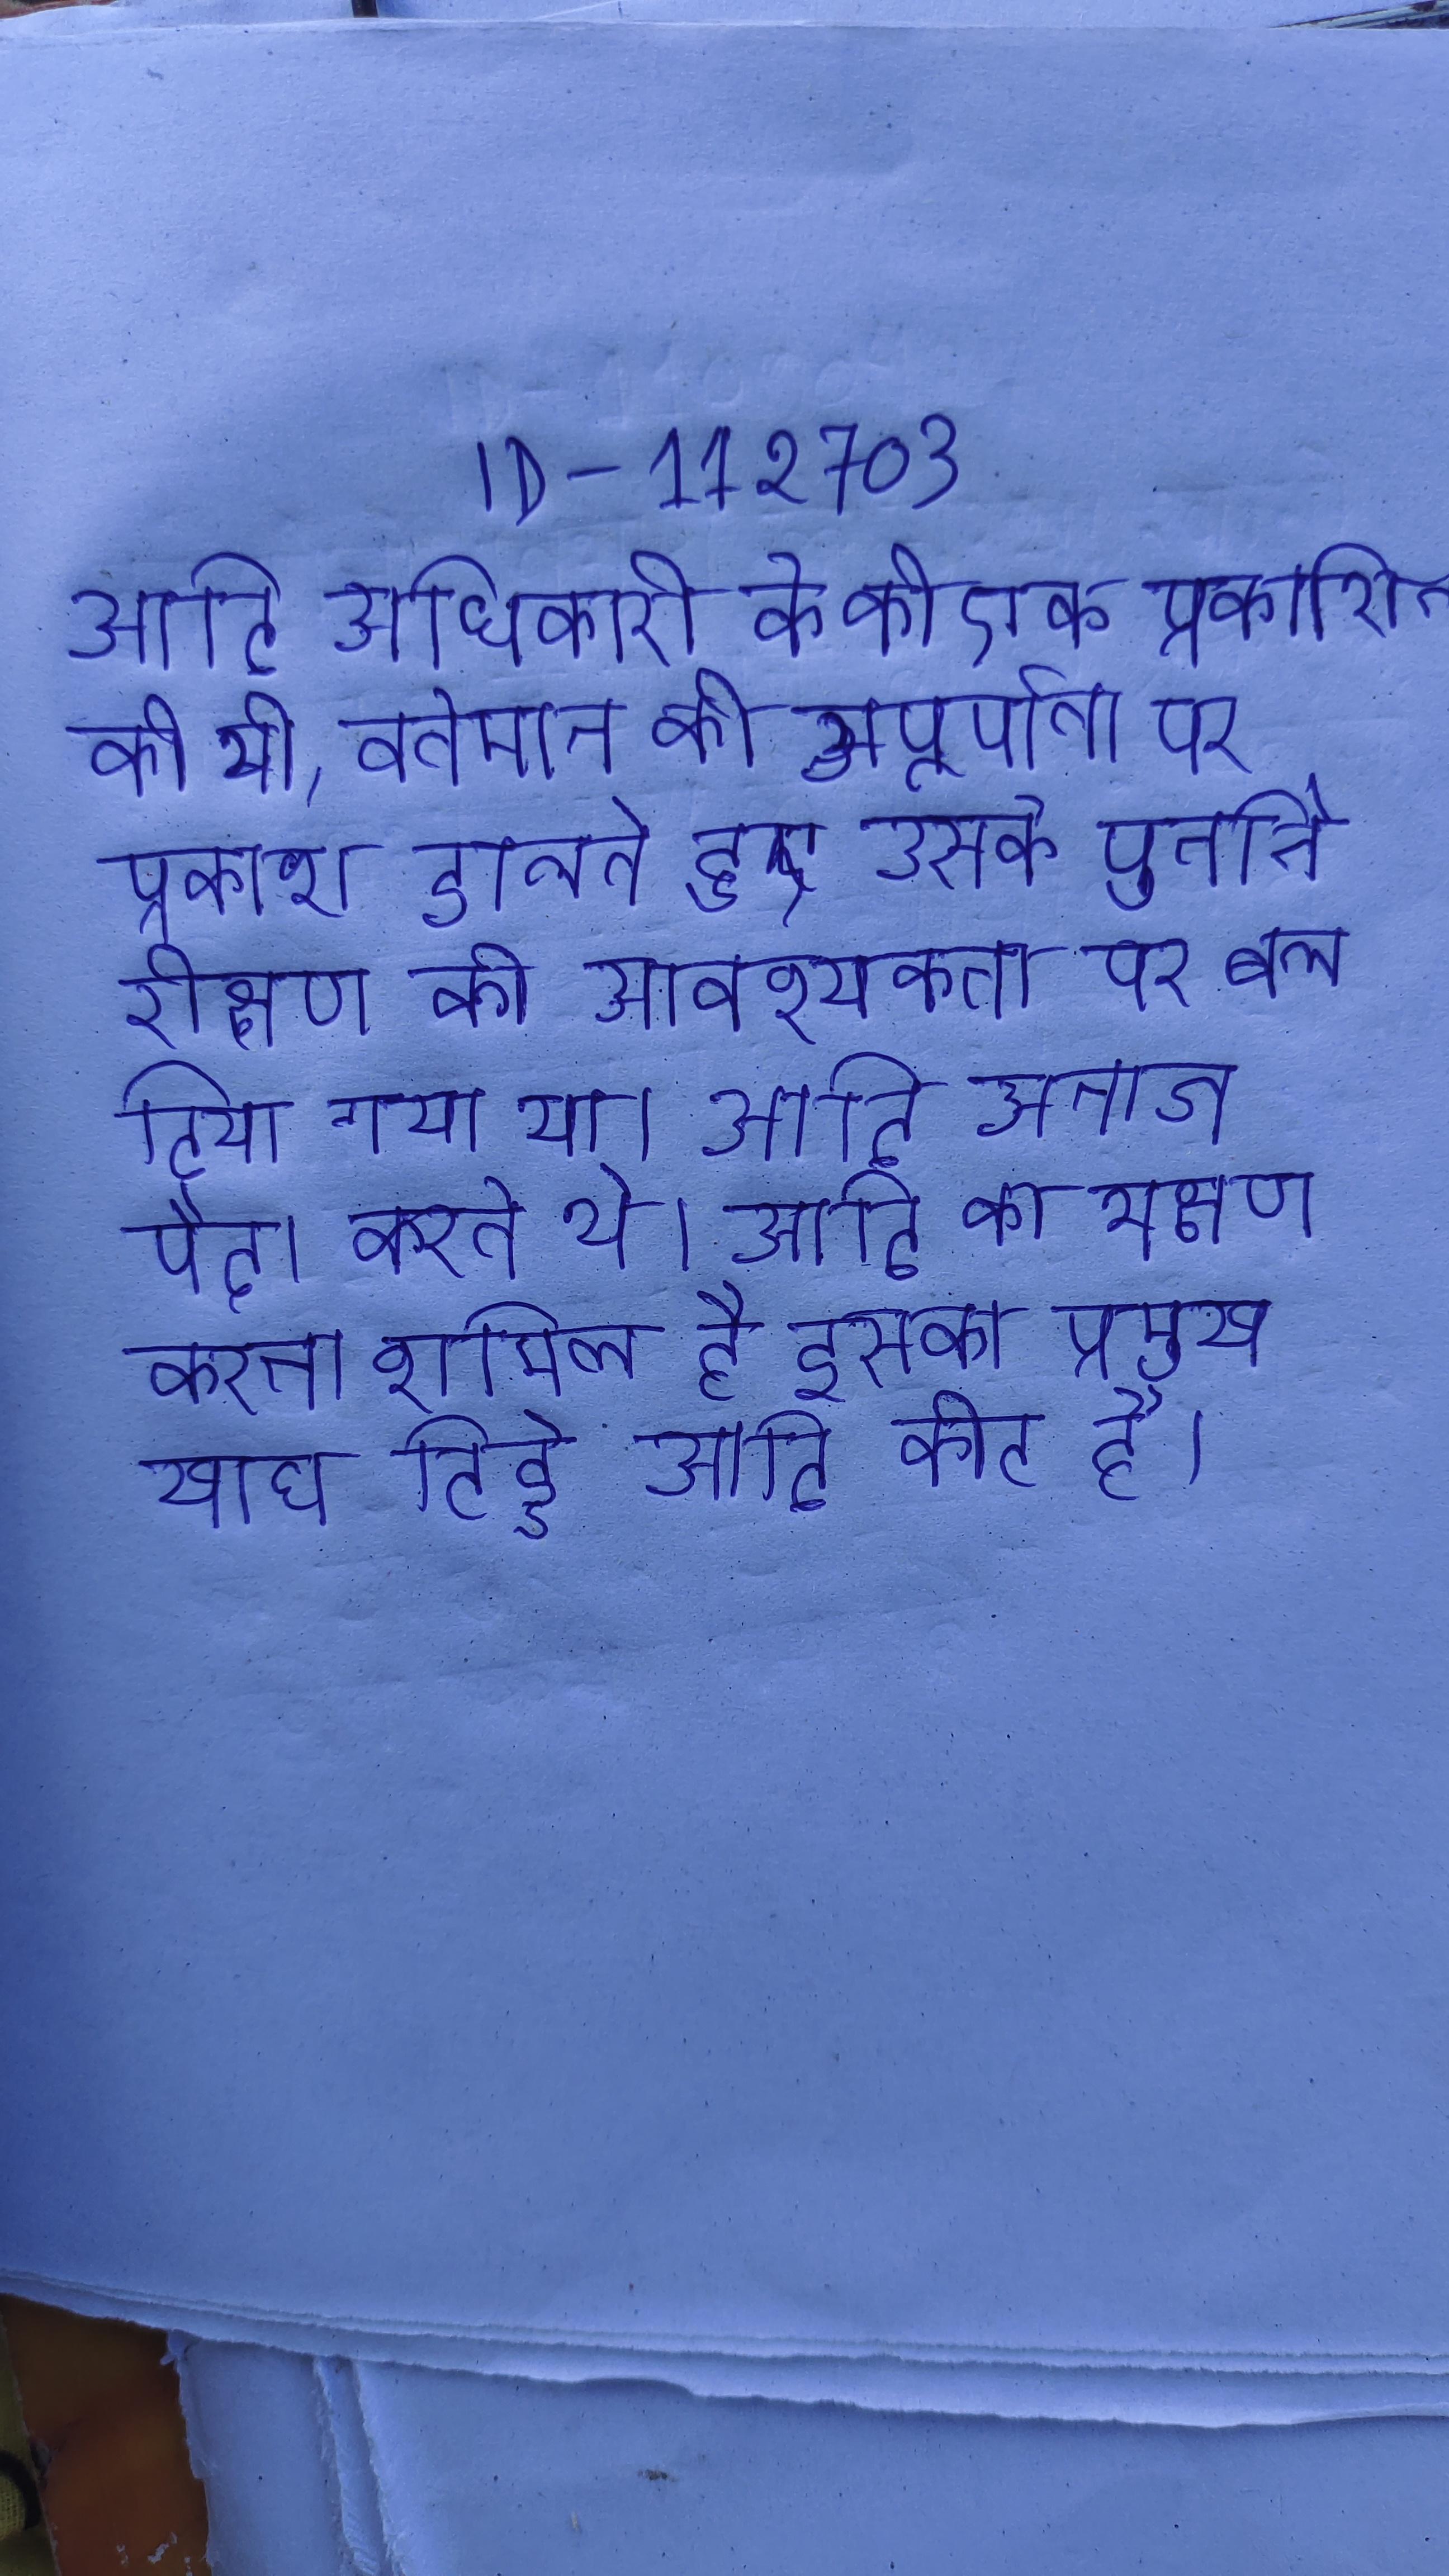
आदि अधिकारी के की एक प्रकाशित की थी, वर्तमान की अपूर्णता पर प्रकाश डालते हुए उसके पुनर्निरीक्षण की आवश्यकता पर बल दिया गया था । आदि अनाज पैदा करते थे । आदि का भक्षण करना शामिल है इसका प्रमुख खाद्य टिड्डे आदि कीट है ।